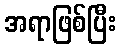
အရာဖြစ်ပြီး